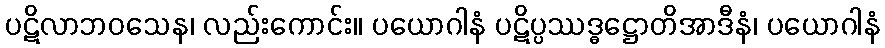
ပဋိလာဘဝသေန၊ လည်းကောင်း။ ပယောဂါနံ ပဋိပ္ပဿဒ္ဓဋ္ဌောတိအာဒီနံ၊ ပယောဂါနံ